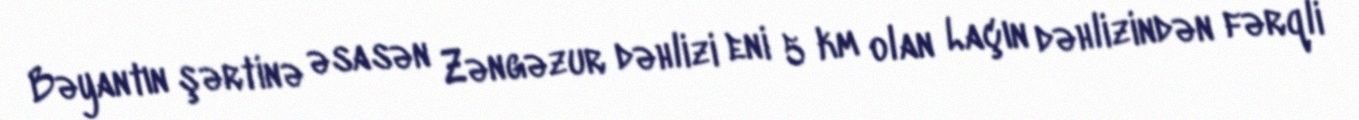
Bəyantın şərtinə əsasən Zəngəzur dəhlizi eni 5 km olan Laçın dəhlizindən fərqli